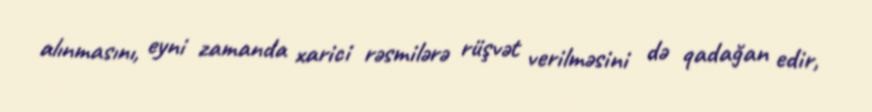
alınmasını, eyni zamanda xarici rəsmilərə rüşvət verilməsini də qadağan edir,